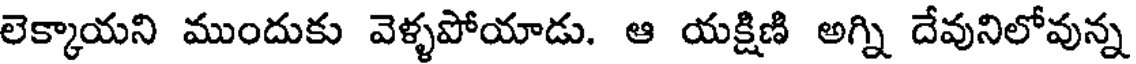
లెక్కాయని ముందుకు వెళ్ళపోయాడు. ఆ యక్షిణి అగ్ని దేవునిలోవున్న